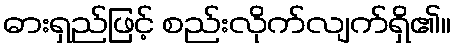
ဓားရှည်ဖြင့် စည်းလိုက်လျက်ရှိ၏။